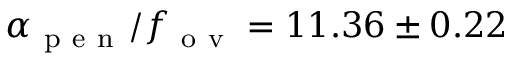
\alpha _ { \mathrm { ~ p ~ e ~ n ~ } } / f _ { \mathrm { ~ o ~ v ~ } } = 1 1 . 3 6 \pm 0 . 2 2